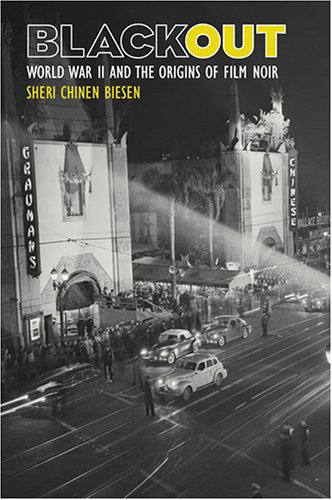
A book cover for Blackout: World War II and the Origins of Film Noir; Sheri Chinen Biesen; Humor & Entertainment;